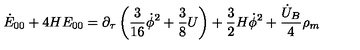
\dot { E } _ { 0 0 } + 4 H E _ { 0 0 } = \partial _ { \tau } \left( \frac { 3 } { 1 6 } \dot { \phi } ^ { 2 } + \frac { 3 } { 8 } U \right) + \frac { 3 } { 2 } H \dot { \phi } ^ { 2 } + \frac { \dot { U } _ { B } } { 4 } \rho _ { m }